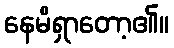
နေမိရှာတော့၏။